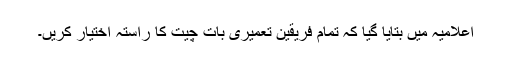
اعلامیہ میں بتایا گیا کہ تمام فریقین تعمیری بات چیت کا راستہ اختیار کریں۔